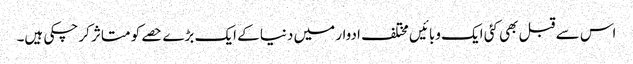
اس سے قبل بھی کئی ایک وبائیں مختلف ادوار میں دنیا کے ایک بڑے حصے کو متاثر کر چکی ہیں۔